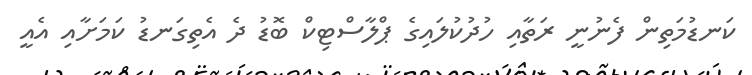
ކަނޑުމަތިން ފެނުނީ ރަތާއި ހުދުކުލައިގެ ޕްލާސްޓިކް ބޮޑު ދެ އެތިގަނޑު ކަމަށާއި އެއީ